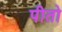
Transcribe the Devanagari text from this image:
पीतो